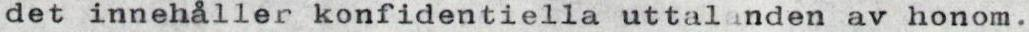
det innehåller konfidentiella uttalanden av honom.